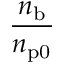
\frac { n _ { \mathrm { b } } } { n _ { \mathrm { p 0 } } }